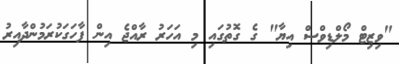
"ވިޒިޓް މޯލްޑިވްސް އިޔާ" ގެ ގޮތުގައި މި އަހަރު ރާއްޖެ އިން ފާހަގަކުރަމުންދާއިރު